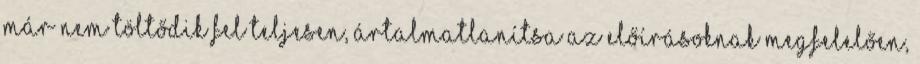
már nem töltődik fel teljesen, ártalmatlanítsa az előírásoknak megfelelően,